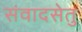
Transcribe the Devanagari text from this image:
संवादसेतु